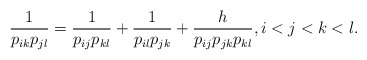
\begin{gather*} {1 \over p_{ik} p_{jl}}={1 \over p_{ij} p_{kl}} + {1 \over p_{il} p_{jk}} +{h \over p_{ij} p_{jk} p_{kl}}, i < j < k < l.\end{gather*}